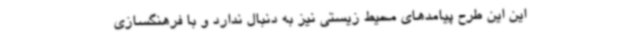
این این طرح پیامدهای محیط زیستی نیز به دنبال ندارد و با فرهنگسازی